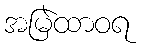
အမြဲထာဝရ